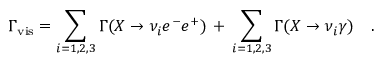
\Gamma _ { \mathrm { v i s } } = \sum _ { i = 1 , 2 , 3 } \Gamma ( X \rightarrow \nu _ { i } e ^ { - } e ^ { + } ) \, + \, \sum _ { i = 1 , 2 , 3 } \Gamma ( X \rightarrow \nu _ { i } \gamma ) \ \ \ .